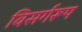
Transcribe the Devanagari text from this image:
विसर्गरूप